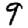
Digit: 9